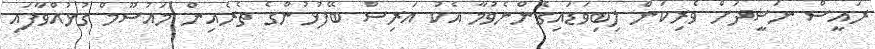
ރައީސް ނަޝީދަށް ވެރިކަން ލިބިވަޑައިގެންނެވުމާ އެކު އަރިސް ބޭފުޅުންގެ ތެރެއިން މައުސޫމް ގުޅުއްވާފައި